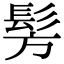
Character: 髣